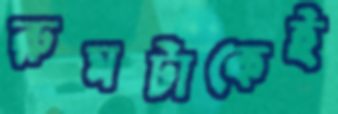
রুমটাকেই